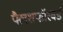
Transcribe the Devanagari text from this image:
फ्लैशफॉरवर्ड